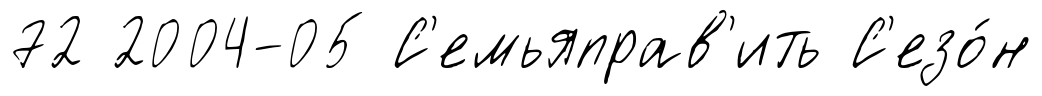
72 2004-05 С'емьяправ'ить С'езо́н